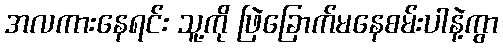
အလကားနေရင်း သူ့ကို ဖြဲခြောက်မနေစမ်းပါနဲ့ကွာ